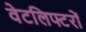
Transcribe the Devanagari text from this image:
वेटलिफ्टरों